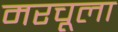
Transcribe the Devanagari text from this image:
मरचूला